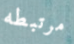
مرتبطه